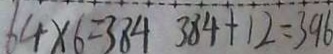
6 4 \times 6 = 3 8 4 3 8 4 + 1 2 = 3 9 6